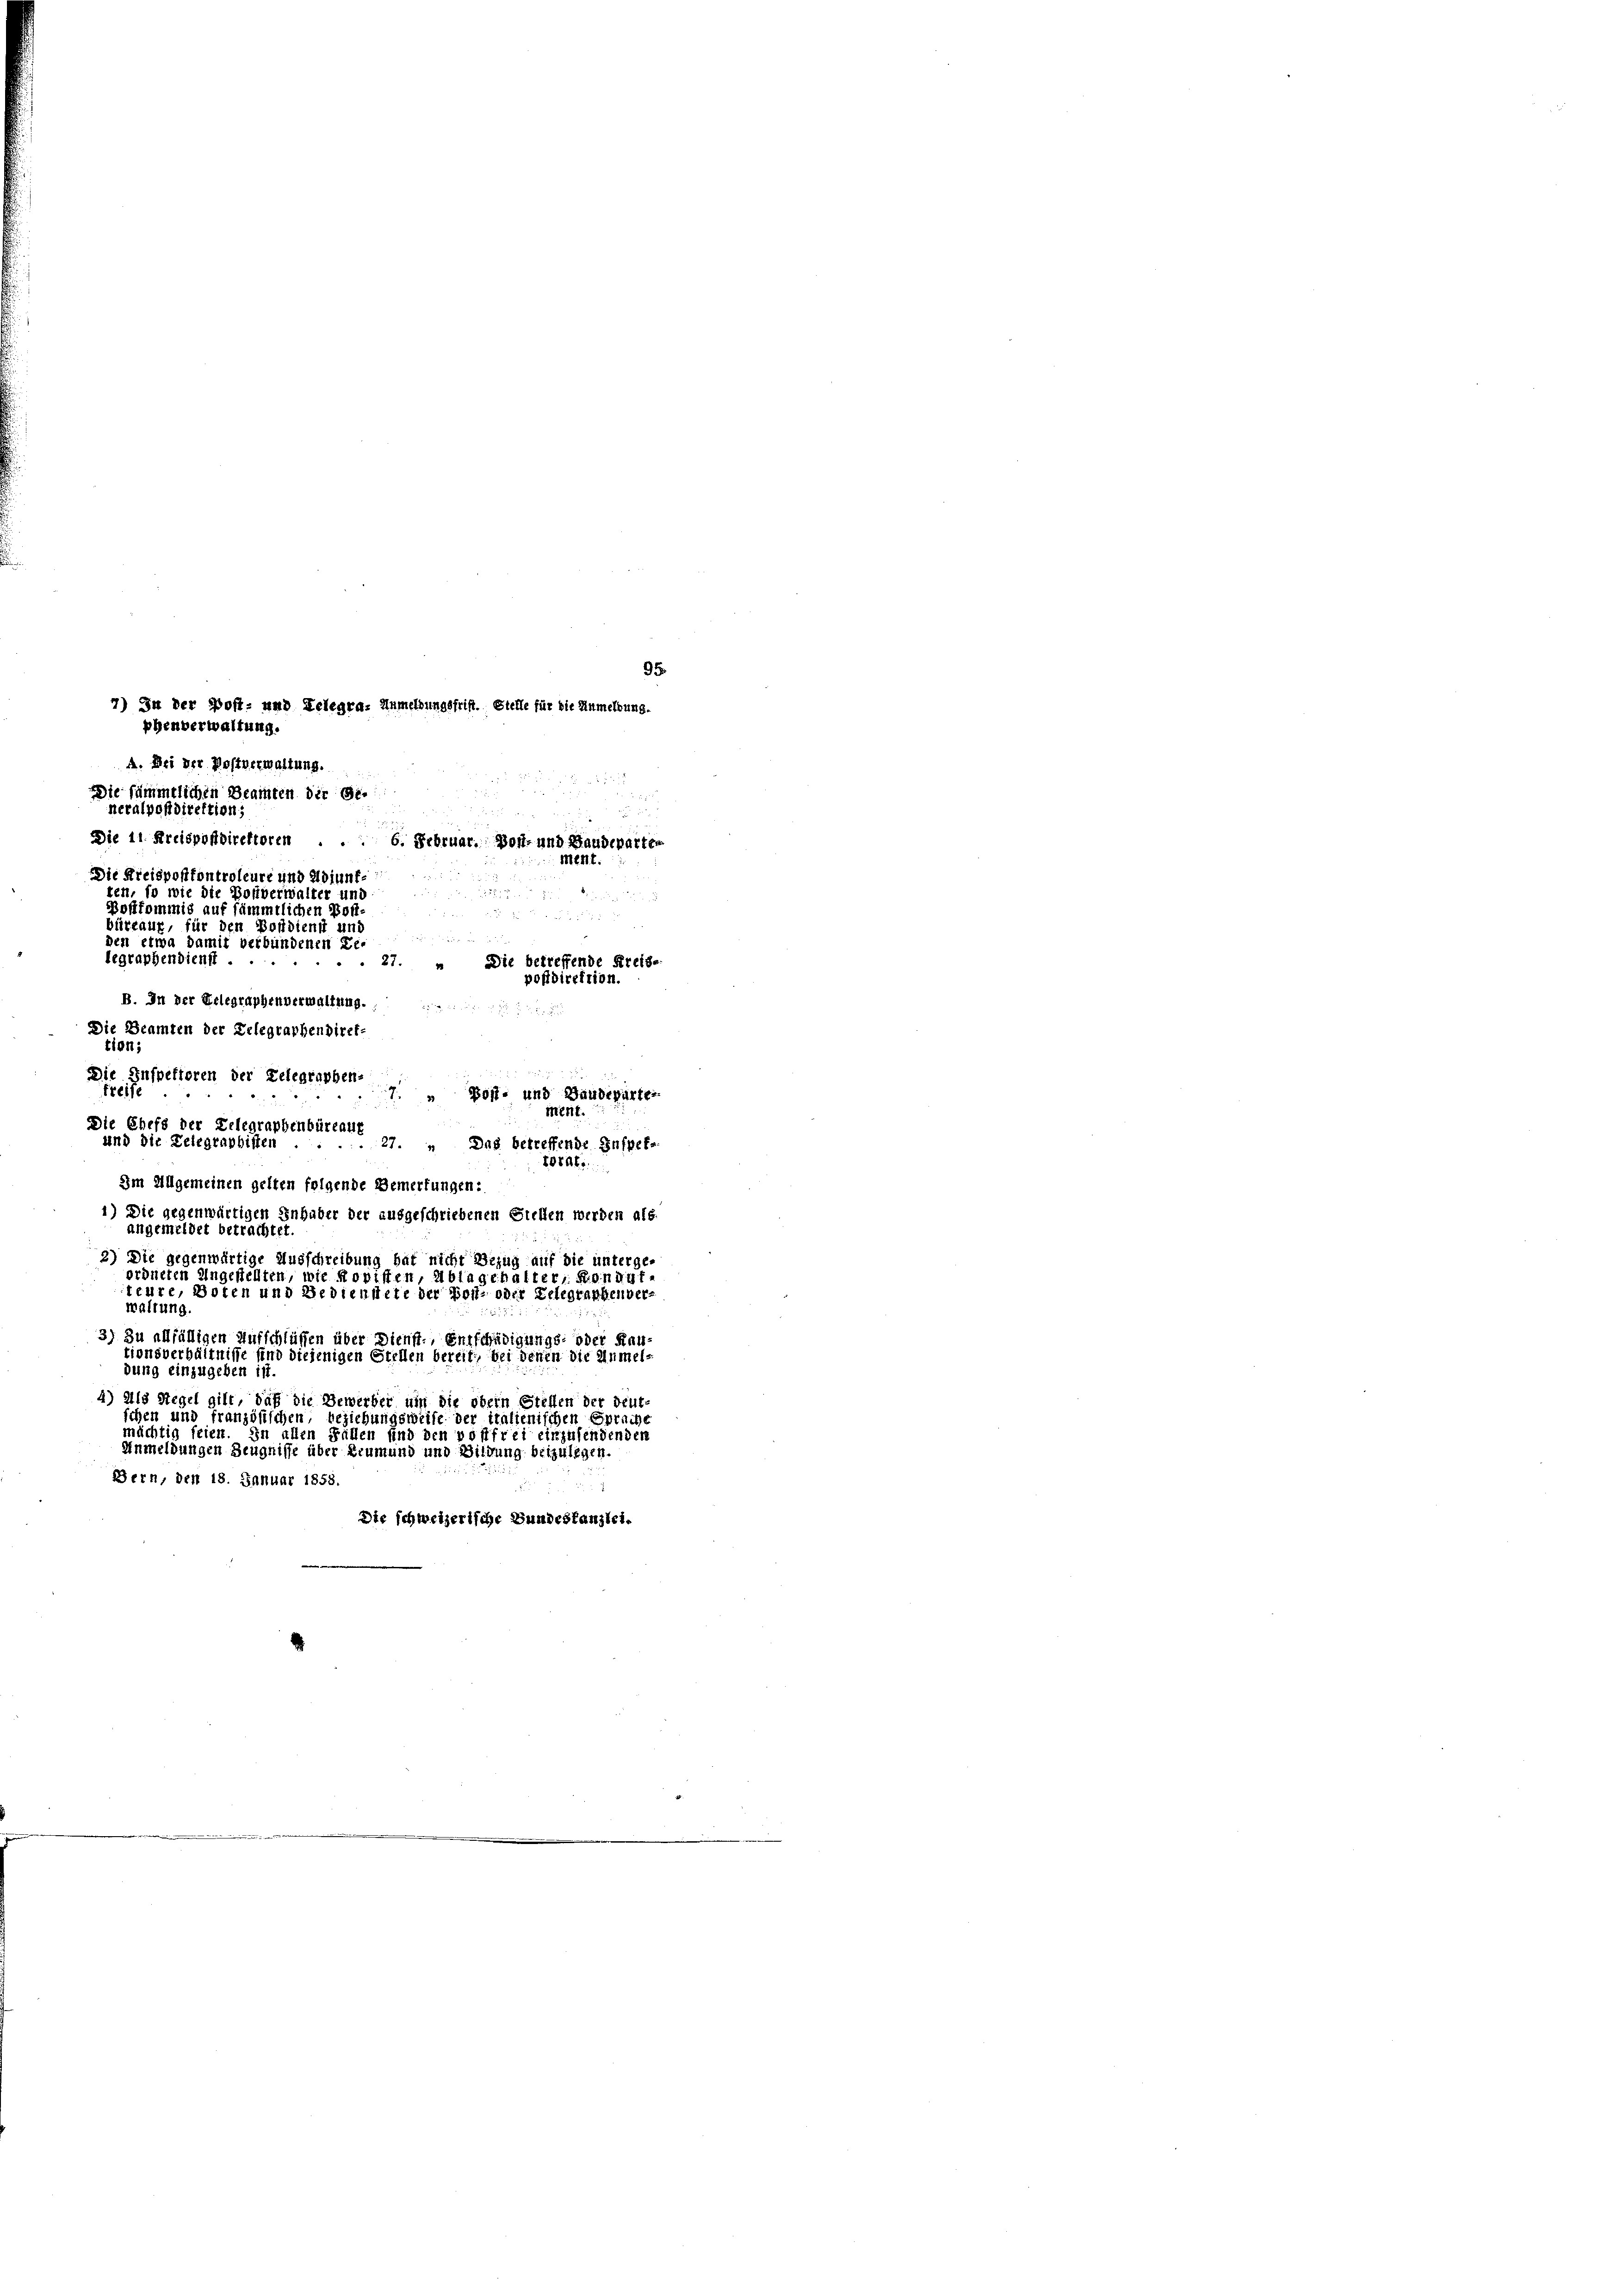
95.
7) In der Post- und Telegra- Anmeldungsfrist. Stelle für die Anmeldung.
phenverwaltung.
A. Bei der Postverwaltung.
Die sämmtlichen Beamten der Ge-
neralpofdirektion;
e
Die 11. Kreispondirektoren . . . 6. Februar. Bost- und Baudeparter
Mert.
Die Kreispositontroleure und Adiunfe
ten, so wie die Bonverwalter und
u
Bostkommis auf sämmtlichen Wort-
u

büreaux, für den Bordient und

den etwa damit verbundenen Le-
legraphendienst ..
Die betreffende Kreise
27.
pondirektion.

B. In der Telegraphenverwaltung.
s
Die Beamten der Telegraphendirektion;
Die Inspektoren der Telegraphen-
treife
7. Post- und Baudeparter
ment.
Die Chefs der Telegraphenbüreaug
und die Telegrabbitten
27. Das betreffende Inspektorate.
Im Allgemeinen gelten folgende Bemerkungen:
1) Die gegenwärtigen Inhaber der ausgeschriebenen Stellen werden als
angemeldet betrachtet.
3) Die gegenwärtige Ausschreibung bar nicht Bezug auf die unterge-
ordneten Angestellten, wie Koristen, Ablagehalter Konigf
teure, Boten und Bedienstete der Post- oder Telegraphenverwaltung.
3) Zu allfälligen Aufschlüssen über Dienft, Entschädigungs- oder Rautionsverhältnisse sind diejenigen Stellen bereit, bei denen die Anmeldung einzugeben ist.
4) Als Regel gilt, daß die Bewerber um die obern Steffen der deut-
schen und französischen, beziehungsweise der italienischen Sprache
mächtig seien. In allen Fällen und den vollfrei einzusendenden
Anmeldungen Zeugnisse über Leumund und Bildung beizulegen.
Bern, den 18. Januar 1858
Die schweizerische Bundeskanzlei.